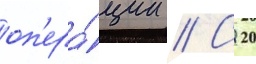
оп'ера́ции // С 20